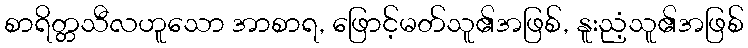
စာရိတ္တသီလဟူသော အာစာရ, ဖြောင့်မတ်သူ၏အဖြစ်, နူးညံ့သူ၏အဖြစ်